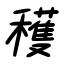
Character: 穫